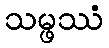
သမ္ဖဿံ